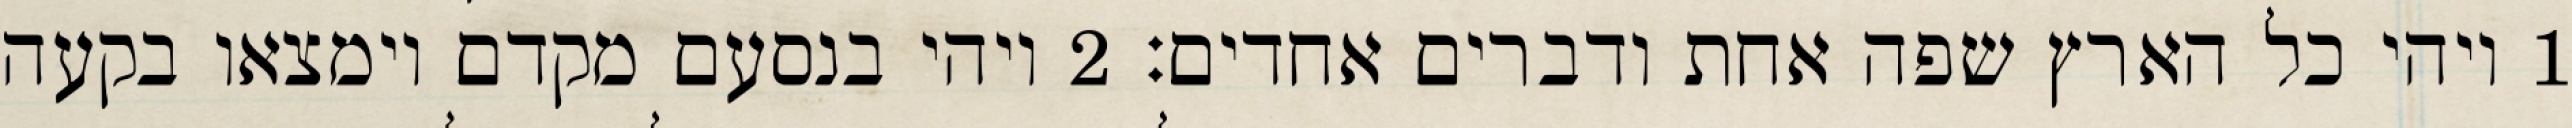
1 ויהי כל הארץ שפה אחת ודברים אחדים׃ ‎2‏ ויהי בנסעם מקדם וימצאו בקעה